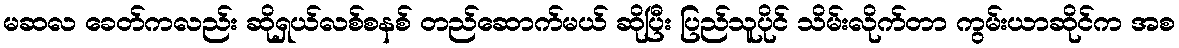
မဆလ ခေတ်ကလည်း ဆိုရှယ်လစ်စနစ် တည်ဆောက်မယ် ဆိုပြီး ပြည်သူပိုင် သိမ်းလိုက်တာ ကွမ်းယာဆိုင်က အစ